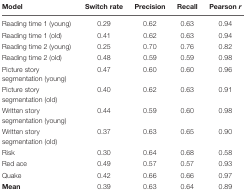
<table><thead><tr><td><b>Model</b></td><td><b>Switch rate</b></td><td><b>Precision</b></td><td><b>Recall</b></td><td><b>Pearson <i>r</i></b></td></tr></thead><tbody><tr><td>Reading time 1 (young)</td><td>0.29</td><td>0.62</td><td>0.63</td><td>0.94</td></tr><tr><td>Reading time 1 (old)</td><td>0.41</td><td>0.62</td><td>0.63</td><td>0.94</td></tr><tr><td>Reading time 2 (young)</td><td>0.25</td><td>0.70</td><td>0.76</td><td>0.82</td></tr><tr><td>Reading time 2 (old)</td><td>0.48</td><td>0.59</td><td>0.59</td><td>0.98</td></tr><tr><td>Picture story segmentation (young)</td><td>0.47</td><td>0.60</td><td>0.60</td><td>0.96</td></tr><tr><td>Picture story segmentation (old)</td><td>0.40</td><td>0.62</td><td>0.63</td><td>0.91</td></tr><tr><td>Written story segmentation (young)</td><td>0.44</td><td>0.59</td><td>0.60</td><td>0.98</td></tr><tr><td>Written story segmentation (old)</td><td>0.37</td><td>0.63</td><td>0.65</td><td>0.90</td></tr><tr><td>Risk</td><td>0.30</td><td>0.64</td><td>0.68</td><td>0.58</td></tr><tr><td>Red ace</td><td>0.49</td><td>0.57</td><td>0.57</td><td>0.93</td></tr><tr><td>Quake</td><td>0.42</td><td>0.66</td><td>0.66</td><td>0.97</td></tr><tr><td><b>Mean</b></td><td>0.39</td><td>0.63</td><td>0.64</td><td>0.89</td></tr></tbody></table>